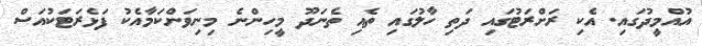
އުއްމީދުގައި. އެކި ރަށްރަޓުގައި ދަތި ހާލުގައި ތެއި ތެނަދޫ މީހިންނެ މިނިވަންކަމާއެކު ފަޅެރަޓަކުއަސް